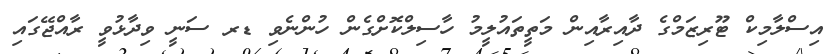
އިސްލާމިކް ޓޫރިޒަމްގެ ދާއިރާއިން މަތީތައުލީމު ހާސިލްކޮށްގެން ހުންނެވި ޑރ ސަނީ ވިދާޅުވީ ރާއްޖޭގައި